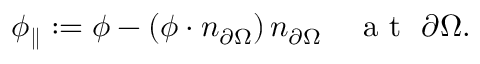
\phi _ { \parallel } : = \phi - ( \phi \cdot n _ { \partial \Omega } ) \, n _ { \partial \Omega } \quad \mathrm { ~ a ~ t ~ } \ \partial \Omega .